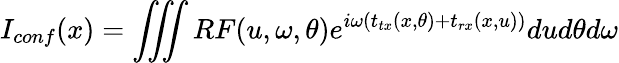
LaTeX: I_{conf}(x)=\iiint{RF(u,\omega,\theta)e^{i\omega\left(t_{tx}(x,\theta)+t_{rx}(x,u)\right)}}dud\theta d\omega